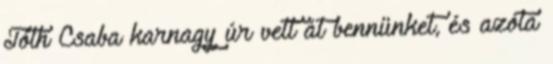
Tóth Csaba karnagy úr vett át bennünket, és azóta